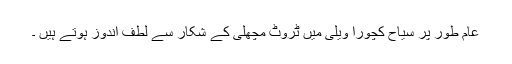
عام طور پر سیاح کچورا ویلی میں ٹروٹ مچھلی کے شکار سے لطف اندوز ہوتے ہیں ۔